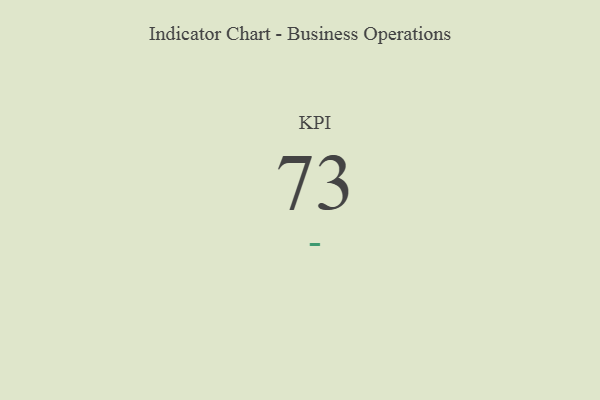
{"axis": {"x": "KPI", "y": "Value"}, "legend": [""], "data": [{"x": "KPI", "y": 73, "type": ""}]}